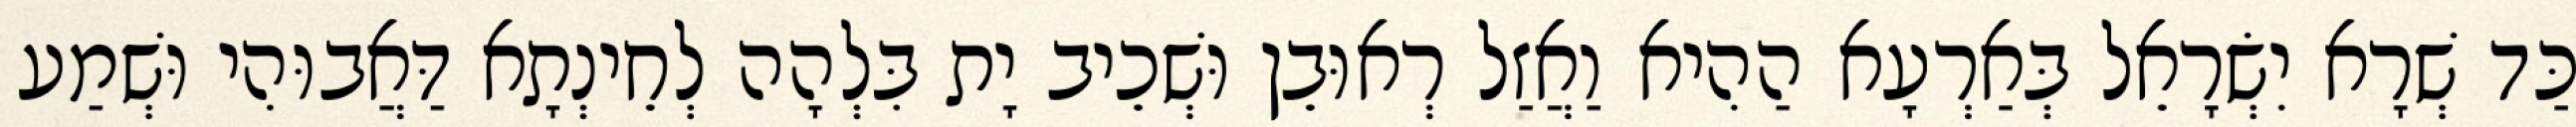
כַּד שְׁרָא יִשְׂרָאֵל בְּאַרְעָא הַהִיא וַאֲזַל רְאוּבֵן וּשְׁכֵיב יָת בִּלְהָה לְחֵינְתָא דַּאֲבוּהִי וּשְׁמַע